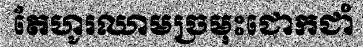
តែហូរឈាមច្រមុះជោកជាំ